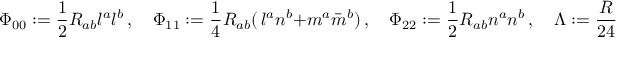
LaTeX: \Phi _ { 0 0 } : = { \frac { 1 } { 2 } } R _ { a b } l ^ { a } l ^ { b } \, , \quad \Phi _ { 1 1 } : = { \frac { 1 } { 4 } } R _ { a b } ( \, l ^ { a } n ^ { b } + m ^ { a } { \bar { m } } ^ { b } ) \, , \quad \Phi _ { 2 2 } : = { \frac { 1 } { 2 } } R _ { a b } n ^ { a } n ^ { b } \, , \quad \Lambda : = { \frac { R } { 2 4 } } \, ;